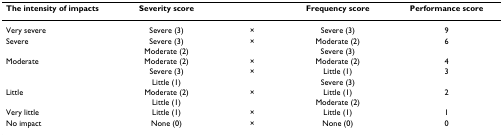
<table><thead><tr><td><b>The intensity of impacts</b></td><td><b>Severity score</b></td><td></td><td><b>Frequency score</b></td><td><b>Performance score</b></td></tr></thead><tbody><tr><td>Very severe</td><td>Severe (3)</td><td>×</td><td>Severe (3)</td><td>9</td></tr><tr><td>Severe</td><td>Severe (3)</td><td>×</td><td>Moderate (2)</td><td>6</td></tr><tr><td></td><td>Moderate (2)</td><td></td><td>Severe (3)</td><td></td></tr><tr><td>Moderate</td><td>Moderate (2)</td><td>×</td><td>Moderate (2)</td><td>4</td></tr><tr><td></td><td>Severe (3)</td><td>×</td><td>Little (1)</td><td>3</td></tr><tr><td></td><td>Little (1)</td><td></td><td>Severe (3)</td><td></td></tr><tr><td>Little</td><td>Moderate (2)</td><td>×</td><td>Little (1)</td><td>2</td></tr><tr><td></td><td>Little (1)</td><td></td><td>Moderate (2)</td><td></td></tr><tr><td>Very little</td><td>Little (1)</td><td>×</td><td>Little (1)</td><td>1</td></tr><tr><td>No impact</td><td>None (0)</td><td>×</td><td>None (0)</td><td>0</td></tr></tbody></table>